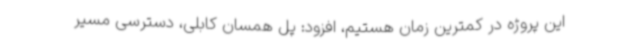
این پروژه در کمترین زمان هستیم، افزود: پل همسان کابلی، دسترسی مسیر